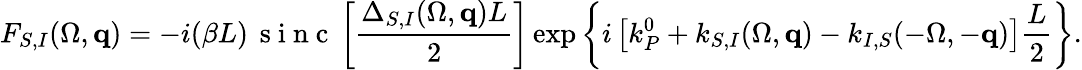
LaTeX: F_{S,I}(\Omega,{\mathbf q})=-i(\beta L)\, \mathrm{~s~i~n~c~}\left[\frac{\Delta_{S,I}(\Omega,{\mathbf q})L}{2}\right]\exp\left\{ i\left[k_{P}^{0}+k_{S,I}(\Omega,{\mathbf q})-k_{I,S}(-\Omega,-{\mathbf q})\right]\frac{L}{2}\right\} .